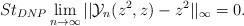
LaTeX: \begin{align*} St_{DNP}\lim_{n\rightarrow \infty}||\mathcal{Y}_{n}(z^{2},z)-z^{2}||_{\infty}=0.\\ \end{align*}